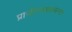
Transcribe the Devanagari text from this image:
प्राचीनव्याकरण।